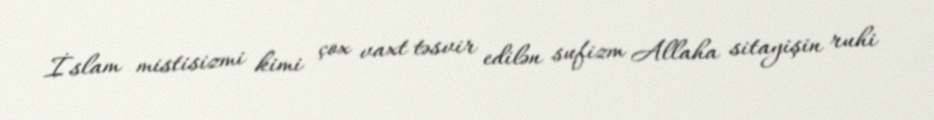
İslam mistisizmi kimi çox vaxt təsvir edilən sufizm Allaha sitayişin ruhi